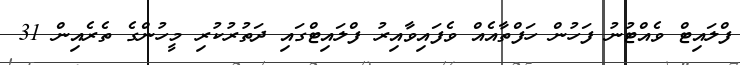
ފްލައިޓް ވެއްޓުނު ފަހުން ހަފްތާއެއް ވެފައިވާއިރު ފްލައިޓްގައި ދަތުރުކުރި މީހުންގެ ތެރެއިން 31